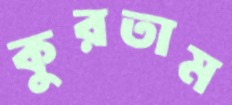
কুরতাম